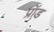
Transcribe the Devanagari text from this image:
प्रॉड